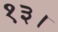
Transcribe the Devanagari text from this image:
१३।